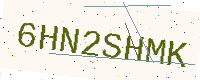
Text: 6HN2SHMK